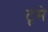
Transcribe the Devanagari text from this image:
टूमे